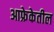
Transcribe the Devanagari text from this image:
आफ्रेकेतील